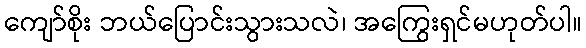
ကျော်စိုး ဘယ်ပြောင်းသွားသလဲ၊ အကြွေးရှင်မဟုတ်ပါ။